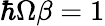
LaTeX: \hbar\Omega\beta=1